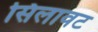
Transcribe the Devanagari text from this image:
सिलावट